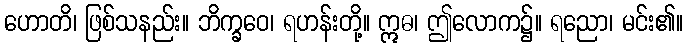
ဟောတိ၊ ဖြစ်သနည်း။ ဘိက္ခဝေ၊ ရဟန်းတို့။ ဣဓ၊ ဤလောက၌။ ရညော၊ မင်း၏။